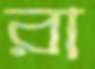
রা